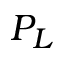
P _ { L }